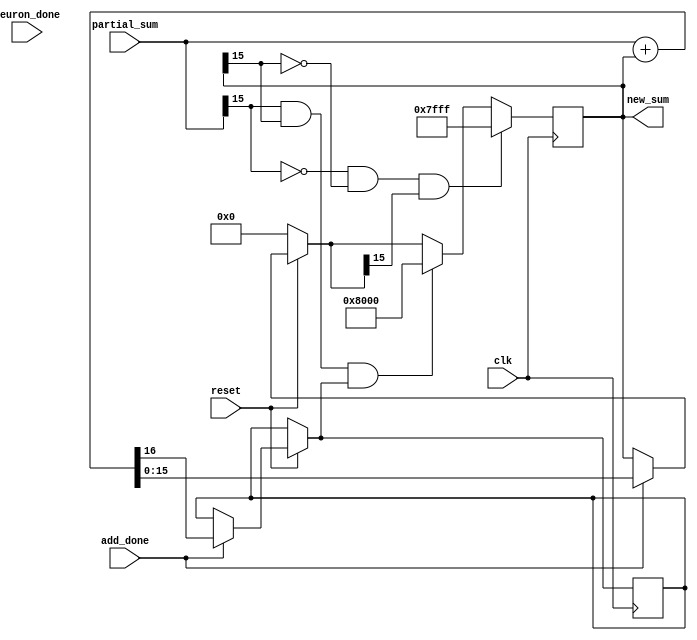
module accumulation_register(
	input clk,
	input reset,
	input [15:0] partial_sum,
	input add_done,
	input neuron_done,
	output [15:0] new_sum);

reg [15:0] new_sum_reg, old_sum;
reg add_done_delay , carry_out;

assign sign1 = partial_sum[15];

always @(posedge clk)
begin
if (!reset)
	begin
	new_sum_reg =0;
	//old_sum <= 0;
	//add_done_delay <=0;
	end
else if(add_done)
	{carry_out, new_sum_reg} = partial_sum + old_sum;
	
if (~sign1 & ~old_sum[15] & new_sum_reg[15])
	new_sum_reg = 16'b0111111111111111;
else if (sign1 & old_sum[15] &  carry_out )
	new_sum_reg = 16'b1000000000000000;
else
	new_sum_reg = new_sum_reg;
end

always @(*)
	old_sum <= new_sum_reg;

assign new_sum = new_sum_reg;

endmodule